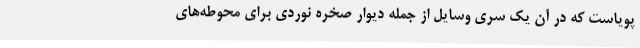
پویاست که در آن یک سری وسایل از جمله دیوار صخره نوردی برای محوطه‌های